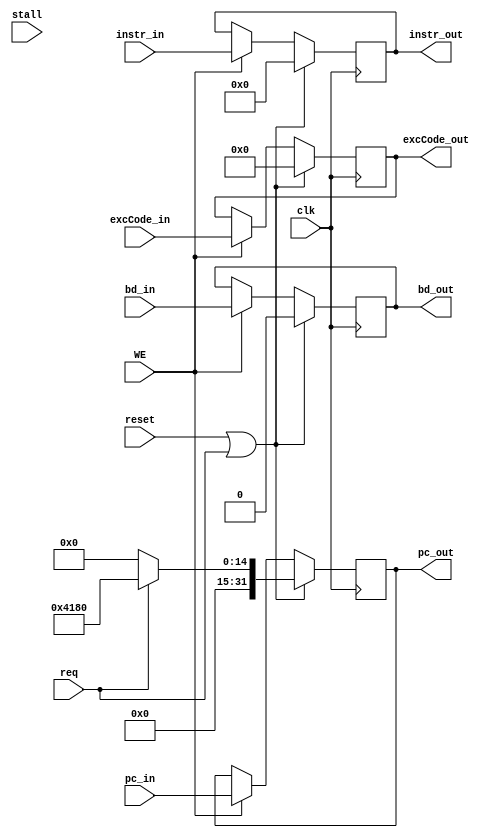
module D_REG (
    input req,
    input stall,
    input [4:0] excCode_in,
    input bd_in,
    output reg [4:0] excCode_out,
    output reg bd_out,

    input clk,
    input reset,
    input WE,
    input [31:0] instr_in,
    input [31:0] pc_in,
    output reg [31:0] instr_out,
    output reg [31:0] pc_out
);

    always @(posedge clk) begin
        if (reset | req) begin
            instr_out   <= 0;
            pc_out      <= req ? 32'h0000_4180 : 0;
            excCode_out <= 0;
            bd_out      <= 0;
        end else if(WE) begin
            instr_out   <= instr_in;
            pc_out      <= pc_in;
            excCode_out <= excCode_in;
            bd_out      <= bd_in;
        end
    end

endmodule